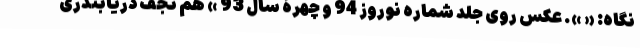
نگاه: « ». عکس روی جلد شماره نوروز 94 و چهرۀ سال 93 » هم نجف دریابندری